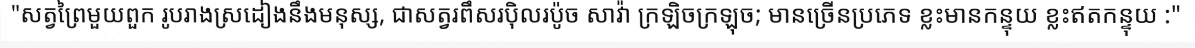
"សត្វព្រៃមួយពួក រូបរាងស្រដៀងនឹងមនុស្ស, ជាសត្វរពឹសរប៉ិលរប៉ូច សាវ៉ា ក្រឡិចក្រឡុច; មានច្រើនប្រភេទ ខ្លះមានកន្ទុយ ខ្លះឥតកន្ទុយ :"